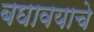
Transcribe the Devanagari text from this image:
बघावयाचे